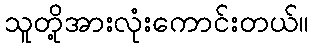
သူတို့အားလုံးကောင်းတယ်။